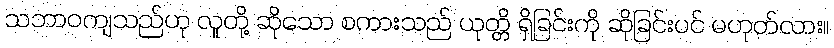
သဘာဝကျသည်ဟု လူတို့ ဆိုသော စကားသည် ယုတ္တိ ရှိခြင်းကို ဆိုခြင်းပင် မဟုတ်လား။